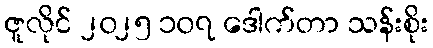
ဇူလိုင် ၂၀၂၅ ၁၀၇ ဒေါက်တာ သန်းစိုး